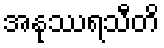
အနုဿရသီတိ